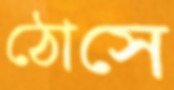
ঠোসে